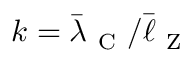
k = \Bar { \lambda } _ { \mathrm { ~ C ~ } } / \bar { \ell } _ { \mathrm { ~ Z ~ } }